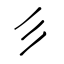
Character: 彡